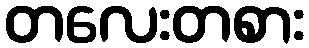
တလေးတစား